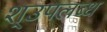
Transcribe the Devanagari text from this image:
श्उपलब्ध